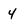
Character: 4